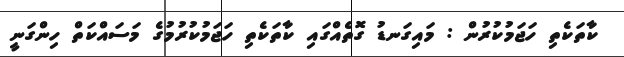
ކާތަކެތި ހަޖަމުކުރުން : މައިގަނޑު ގޮތެއްގައި ކާތަކެތި ހަޖަމުކުރުމުގެ މަސައްކަތް ހިންގަނީ